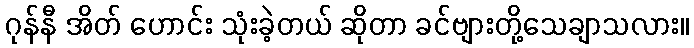
ဂုန်နီ အိတ် ဟောင်း သုံးခဲ့တယ် ဆိုတာ ခင်ဗျားတို့သေချာသလား။